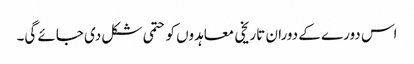
اس دورے کے دوران تاریخی معاہدوں کو حتمی شکل دی جائے گی۔